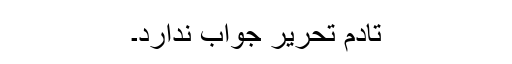
تادم تحریر جواب ندارد۔